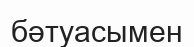
бәтуасымен